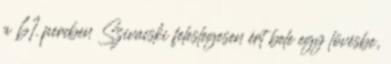
a 61. percben Szivacski feleslegesen ért bele egy lövésbe,